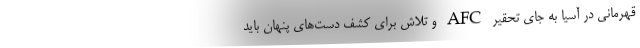
قهرمانی در آسیا به جای تحقیر AFC و تلاش برای کشف دست‌های پنهان باید